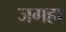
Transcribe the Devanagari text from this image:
जगहा